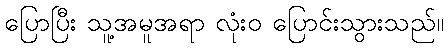
ပြောပြီး သူ့အမူအရာ လုံးဝ ပြောင်းသွားသည်။